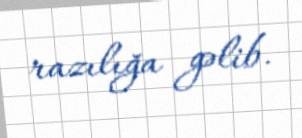
razılığa gəlib.